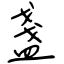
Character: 盞